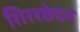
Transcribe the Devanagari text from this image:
शिरश्छेदन